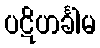
ပဋိဟင်္ခါမ